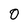
Character: 0